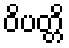
ဝိပတ္တိ